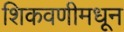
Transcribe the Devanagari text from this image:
शिकवणीमधून